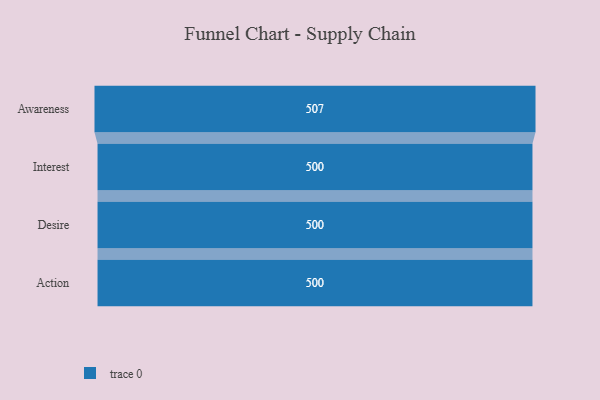
{"axis": {"x": "Stage", "y": "Value"}, "legend": [""], "data": [{"x": "Awareness", "y": 507.0, "type": ""}, {"x": "Interest", "y": 500, "type": ""}, {"x": "Desire", "y": 500, "type": ""}, {"x": "Action", "y": 500, "type": ""}]}